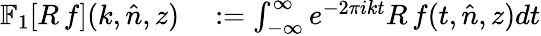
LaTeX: \begin{array}{rl}{\mathbb{F}_{1}[R\, f](k,\hat{n},z)}&{{}:=\int_{-\infty}^{\infty}e^{-2\pi ikt}R\, f(t,\hat{n},z)dt}\end{array}